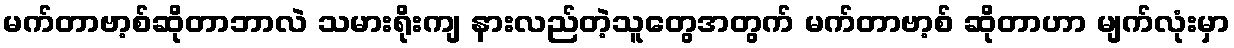
မက်တာဗာ့စ်ဆိုတာဘာလဲ သမားရိုးကျ နားလည်တဲ့သူတွေအတွက် မက်တာဗာ့စ် ဆိုတာဟာ မျက်လုံးမှာ